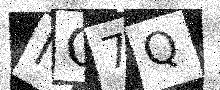
Text: NQ7Q